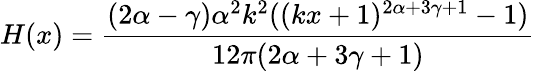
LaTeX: H(x)=\frac{(2\alpha-\gamma)\alpha^{2}k^{2}((kx+1)^{2\alpha+3\gamma+1}-1)}{12\pi(2\alpha+3\gamma+1)}